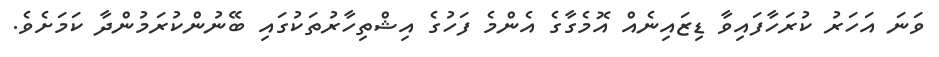
ވަނަ އަހަރު ކުރަހާފައިވާ ޑިޒައިނެއް އޮމެގާގެ އެންމެ ފަހުގެ އިޝްތިހާރުތަކުގައި ބޭނުންކުރަމުންދާ ކަމަށެވެ.